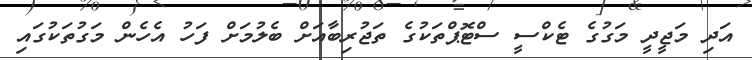
އަދި މަޖީދީ މަގުގެ ޓެކްސީ ސްޓޮޕްތަކުގެ ތަޖުރިބާއަށް ބެލުމަށް ފަހު އެހެން މަގުތަކުގައި